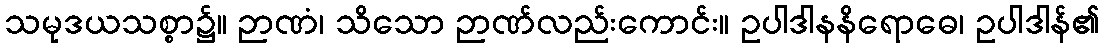
သမုဒယသစ္စာ၌။ ဉာဏံ၊ သိသော ဉာဏ်လည်းကောင်း။ ဥပါဒါနနိရောဓေ၊ ဥပါဒါန်၏